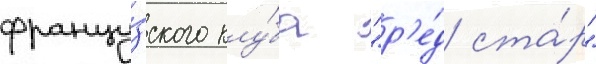
францу́зского клу́ба "р'е́д ста́р"